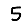
Digit: 5